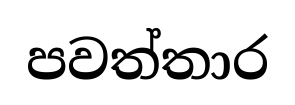
පවත්තාර